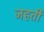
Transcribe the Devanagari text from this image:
जहती